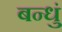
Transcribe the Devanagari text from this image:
बन्धुं